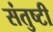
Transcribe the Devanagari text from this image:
संतुष्टी